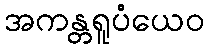
အကန္တရူပံယေဝ